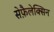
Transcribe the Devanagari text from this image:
सेफ़ैलेक्सिन